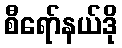
စီရော်နယ်ဒို